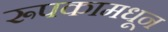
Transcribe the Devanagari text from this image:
रूपकामधून